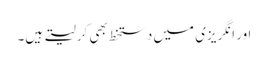
اور انگریزی میں دستخط بھی کرلیتے ہیں۔